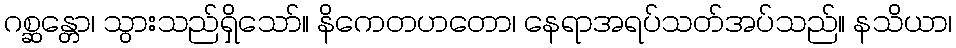
ဂစ္ဆန္တော၊ သွားသည်ရှိသော်။ နိကေတဟတော၊ နေရာအရပ်သတ်အပ်သည်။ နသိယာ၊